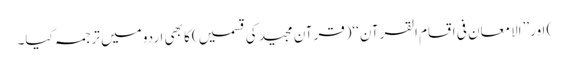
) اور ’’الامعان فی اقسام القرآن‘‘(قرآن مجید کی قسمیں)کا بھی اردو میں ترجمہ کیا۔